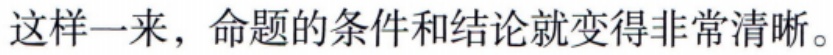
这样一来，命题的条件和结论就变得非常清晰。